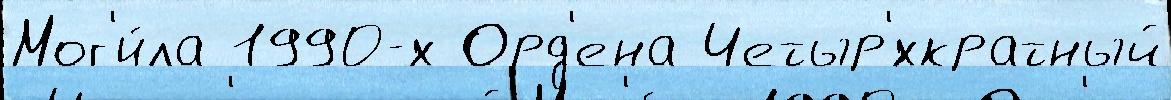
Мог'и́ла 1990-х Орд'ена Четыр'́хкратный